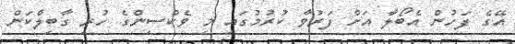
އޭގެ ފަހުން އެބޯލާ އަށް ފަރުވާ ކުރުމުގައި މި ވެކްސިންގެ ހުރި ގާބިލްކަން